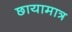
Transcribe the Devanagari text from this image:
छायामात्र